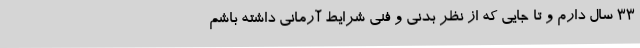
33 سال دارم و تا جایی که از نظر بدنی و فنی شرایط آرمانی داشته باشم